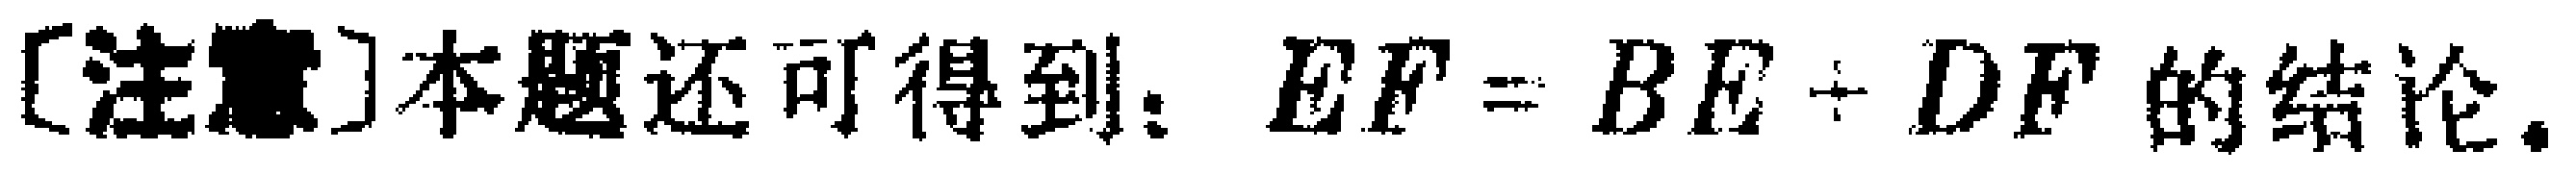
[注意]本题还可得到：$EF = BE + DF$ 的结论。